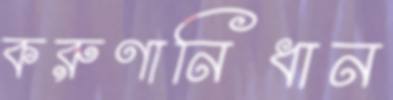
করুণানিধান